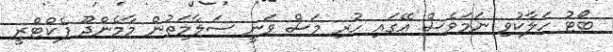
ބޯޓު ހަލާކުވި ނަމަވެސް އޭގައި ހުރި މަސް ވަނީ ސަލާމަތުން މާމެންދޫ ފެކްޓްރީ